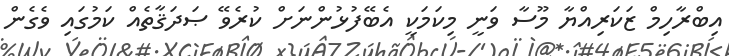
އިބްރާހިމް ޒަކަރިއްޔާ މޫސާ ވަނީ މިކަމަކީ އެބޭފުޅުންނަށް ކުރެވޭ ޞަދަޤާތެއް ކަމުގައި ވެގެން